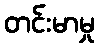
တင်းမာမှု